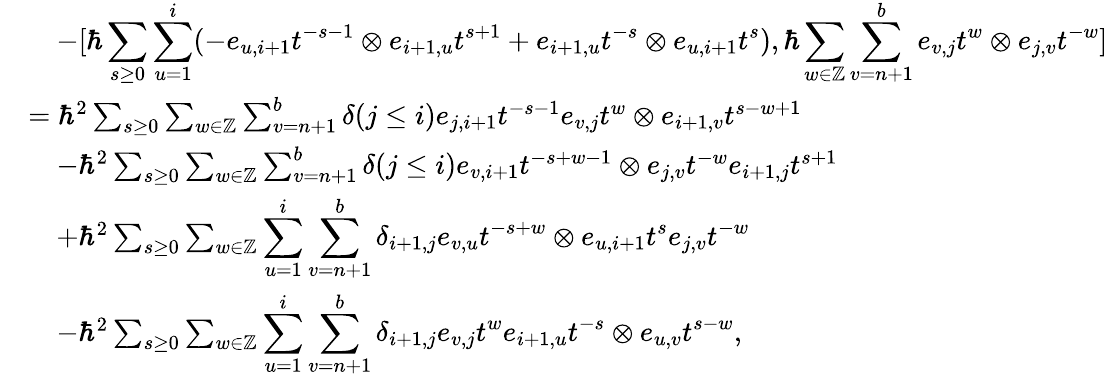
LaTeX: \begin{array}{rl}&{\quad-[\hbar\displaystyle\sum_{s\geq 0}\displaystyle\sum_{u=1}^{i}(-e_{u,i+1}t^{-s-1}\otimes e_{i+1,u}t^{s+1}+e_{i+1,u}t^{-s}\otimes e_{u,i+1}t^{s}),\hbar\sum_{w\in\mathbb{Z}}\sum_{v=n+1}^{b}e_{v,j}t^{w}\otimes e_{j,v}t^{-w}]}\\ &{=\hbar^{2}\sum_{s\geq 0}\sum_{w\in\mathbb{Z}}\sum_{v=n+1}^{b}\delta(j\leq i)e_{j,i+1}t^{-s-1}e_{v,j}t^{w}\otimes e_{i+1,v}t^{s-w+1}}\\ &{\quad-\hbar^{2}\sum_{s\geq 0}\sum_{w\in\mathbb{Z}}\sum_{v=n+1}^{b}\delta(j\leq i)e_{v,i+1}t^{-s+w-1}\otimes e_{j,v}t^{-w}e_{i+1,j}t^{s+1}}\\ &{\quad+\hbar^{2}\sum_{s\geq 0}\sum_{w\in\mathbb{Z}}\displaystyle\sum_{u=1}^{i}\sum_{v=n+1}^{b}\delta_{i+1,j}e_{v,u}t^{-s+w}\otimes e_{u,i+1}t^{s}e_{j,v}t^{-w}}\\ &{\quad-\hbar^{2}\sum_{s\geq 0}\sum_{w\in\mathbb{Z}}\displaystyle\sum_{u=1}^{i}\sum_{v=n+1}^{b}\delta_{i+1,j}e_{v,j}t^{w}e_{i+1,u}t^{-s}\otimes e_{u,v}t^{s-w},}\end{array}